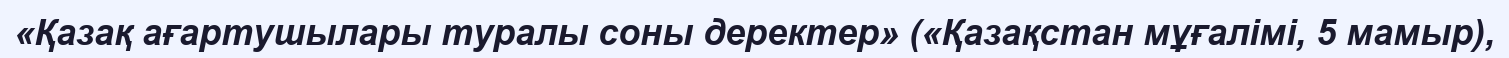
«Қазақ ағартушылары туралы соны деректер» («Қазақстан мұғалімі, 5 мамыр),